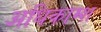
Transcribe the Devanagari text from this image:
अधिकाम्श